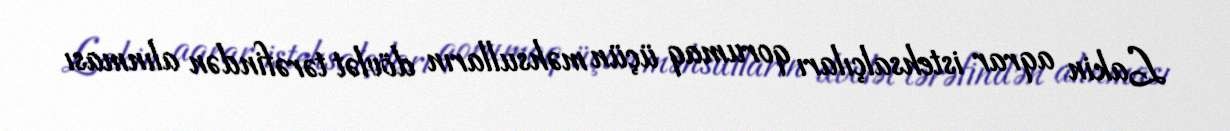
Lakin aqrar istehsalçıları qorumaq üçün məhsulların dövlət tərəfindən alınması